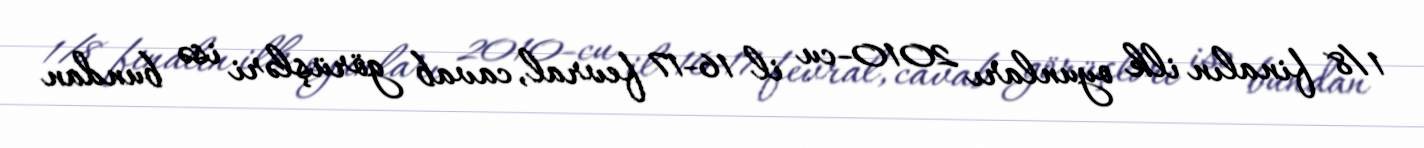
1/8 finalın ilk oyunları 2010-cu il 16-17 fevral, cavab görüşləri isə bundan